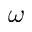
\boldsymbol { \omega }